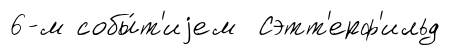
6-м собы́т'иjем Сэтт'ерф'ильд